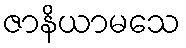
ဇာနိယာမသေ